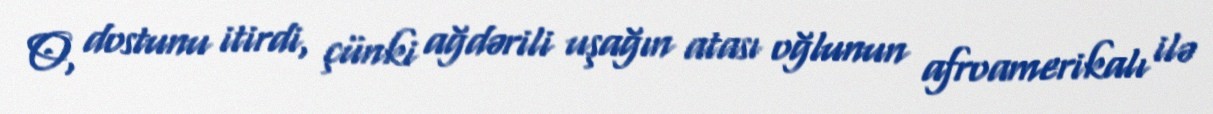
O, dostunu itirdi, çünki ağdərili uşağın atası oğlunun afroamerikalı ilə